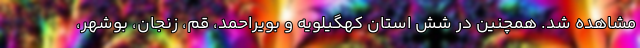
مشاهده شد. همچنین در شش استان کهگیلویه و بویراحمد، قم، زنجان، بوشهر،